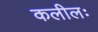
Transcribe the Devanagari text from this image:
कलीलः